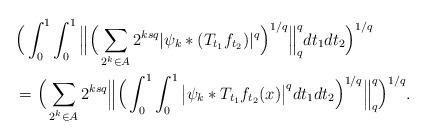
LaTeX: \begin{align*}&\Big(\int_{0}^1\int_0^1 \Big\| \Big(\sum_{2^k\in A} 2^{ksq} |\psi_k*( T_{t_1} f_{t_2})|^q \Big)^{1/q} \Big\|_q^q dt_1 dt_2\Big)^{1/q}\\&=\Big(\sum_{2^k\in A}2^{ksq}\Big\|\Big(\int_{0}^1\int_0^1 \big|\psi_k* T_{t_1} f_{t_2}(x)\big|^q dt_1 dt_2\Big)^{1/q}\Big\|_q^q \Big)^{1/q}.\end{align*}